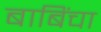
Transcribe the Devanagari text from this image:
बाबिंचा